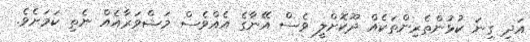
އަދި ގިނަ ކުޅުންތެރިންތަކެއް ދޫކޮށްލީ ވެސް އޭނާގެ އެއްވެސް މަޝްވަރާއެއް ނެތި ކަމަށެވެ.